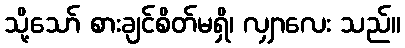
သို့သော် စားချင်စိတ်မရှိ၊ လျှာလေး သည်။